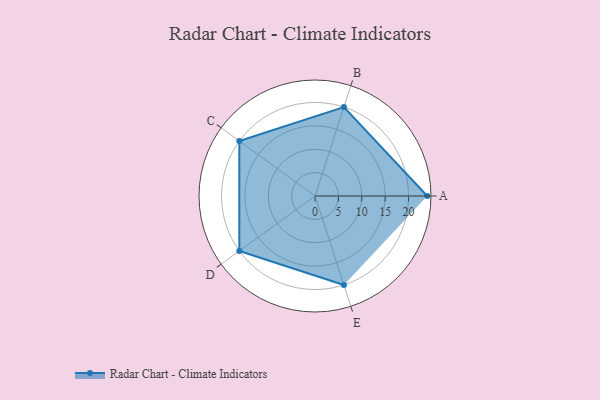
{"axis": {"x": "Skill", "y": "Score"}, "legend": ["Profile"], "data": [{"x": "A", "y": 24.0, "type": "Profile"}, {"x": "B", "y": 20.0, "type": "Profile"}, {"x": "C", "y": 20, "type": "Profile"}, {"x": "D", "y": 20, "type": "Profile"}, {"x": "E", "y": 20, "type": "Profile"}]}